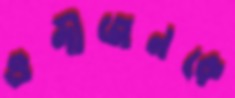
গুণীজনকে